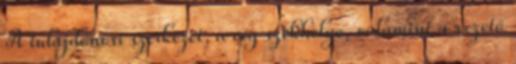
A tulajdonosi szerkezet, a cég székhelye, valamint a vezető